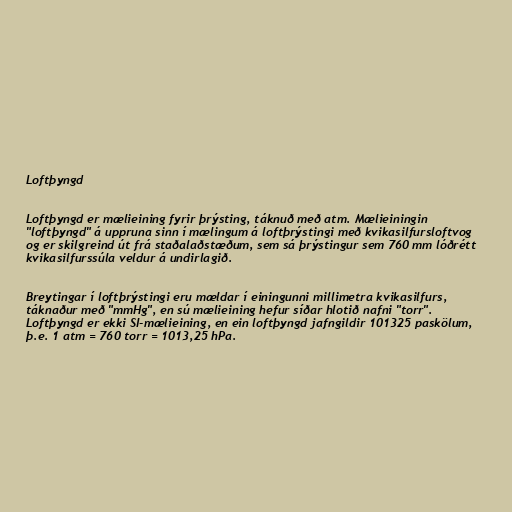
Loftþyngd

Loftþyngd er mælieining fyrir þrýsting, táknuð með atm. Mælieiningin
"loftþyngd" á uppruna sinn í mælingum á loftþrýstingi með kvikasilfursloftvog
og er skilgreind út frá staðalaðstæðum, sem sá þrýstingur sem 760 mm lóðrétt
kvikasilfurssúla veldur á undirlagið.

Breytingar í loftþrýstingi eru mældar í einingunni millimetra kvikasilfurs,
táknaður með "mmHg", en sú mælieining hefur síðar hlotið nafni "torr".
Loftþyngd er ekki SI-mælieining, en ein loftþyngd jafngildir 101325 paskölum,
þ.e. 1 atm = 760 torr = 1013,25 hPa.